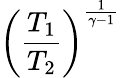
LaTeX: \left({\frac{T_{1}}{T_{2}}}\right)^{\frac{1}{\gamma-1}}